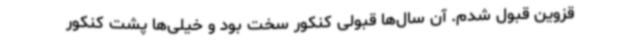
قزوین قبول شدم. آن سال‌ها قبولی کنکور سخت بود و خیلی‌ها پشت کنکور